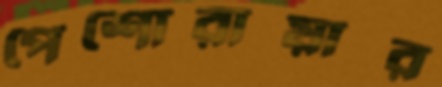
পেশোরায়ার